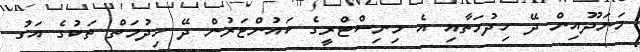
މަނަދޫއިން ދޭ ހިދުމަތާއި އެ މިނިސްޓްރީގެ ކައުންޓަރުން ދޭ ހިދުމަތް ތަކުގެ އަގު